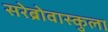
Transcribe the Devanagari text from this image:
सरेब्रोवास्कुला